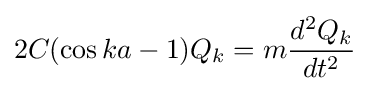
2C(\cos {ka-1})Q_{k}=m{\frac {d^{2}Q_{k}}{dt^{2}}}